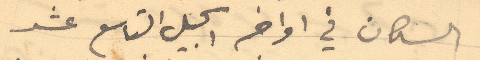
السكان في اواخر الجيل التاسع عشر